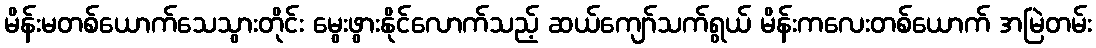
မိန်းမတစ်ယောက်သေသွားတိုင်း မွေးဖွားနိုင်လောက်သည့် ဆယ်ကျော်သက်ရွယ် မိန်းကလေးတစ်ယောက် အမြဲတမ်း